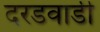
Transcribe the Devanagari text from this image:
दरडवाडी